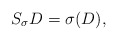
\begin{align*}S_\sigma D=\sigma(D),\end{align*}